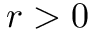
r > 0